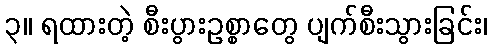
၃။ ရထားတဲ့ စီးပွားဥစ္စာတွေ ပျက်စီးသွားခြင်း၊